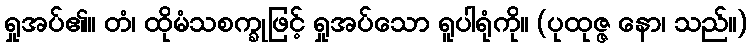
ရှုအပ်၏။ တံ၊ ထိုမံသစက္ခုဖြင့် ရှုအပ်သော ရူပါရုံကို။ (ပုထုဇ္ဇ နော၊ သည်။)